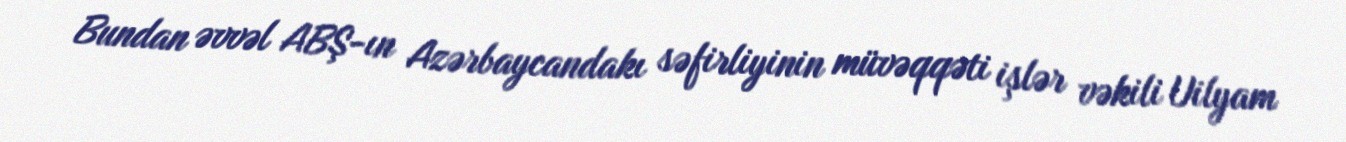
Bundan əvvəl ABŞ-ın Azərbaycandakı səfirliyinin müvəqqəti işlər vəkili Uilyam